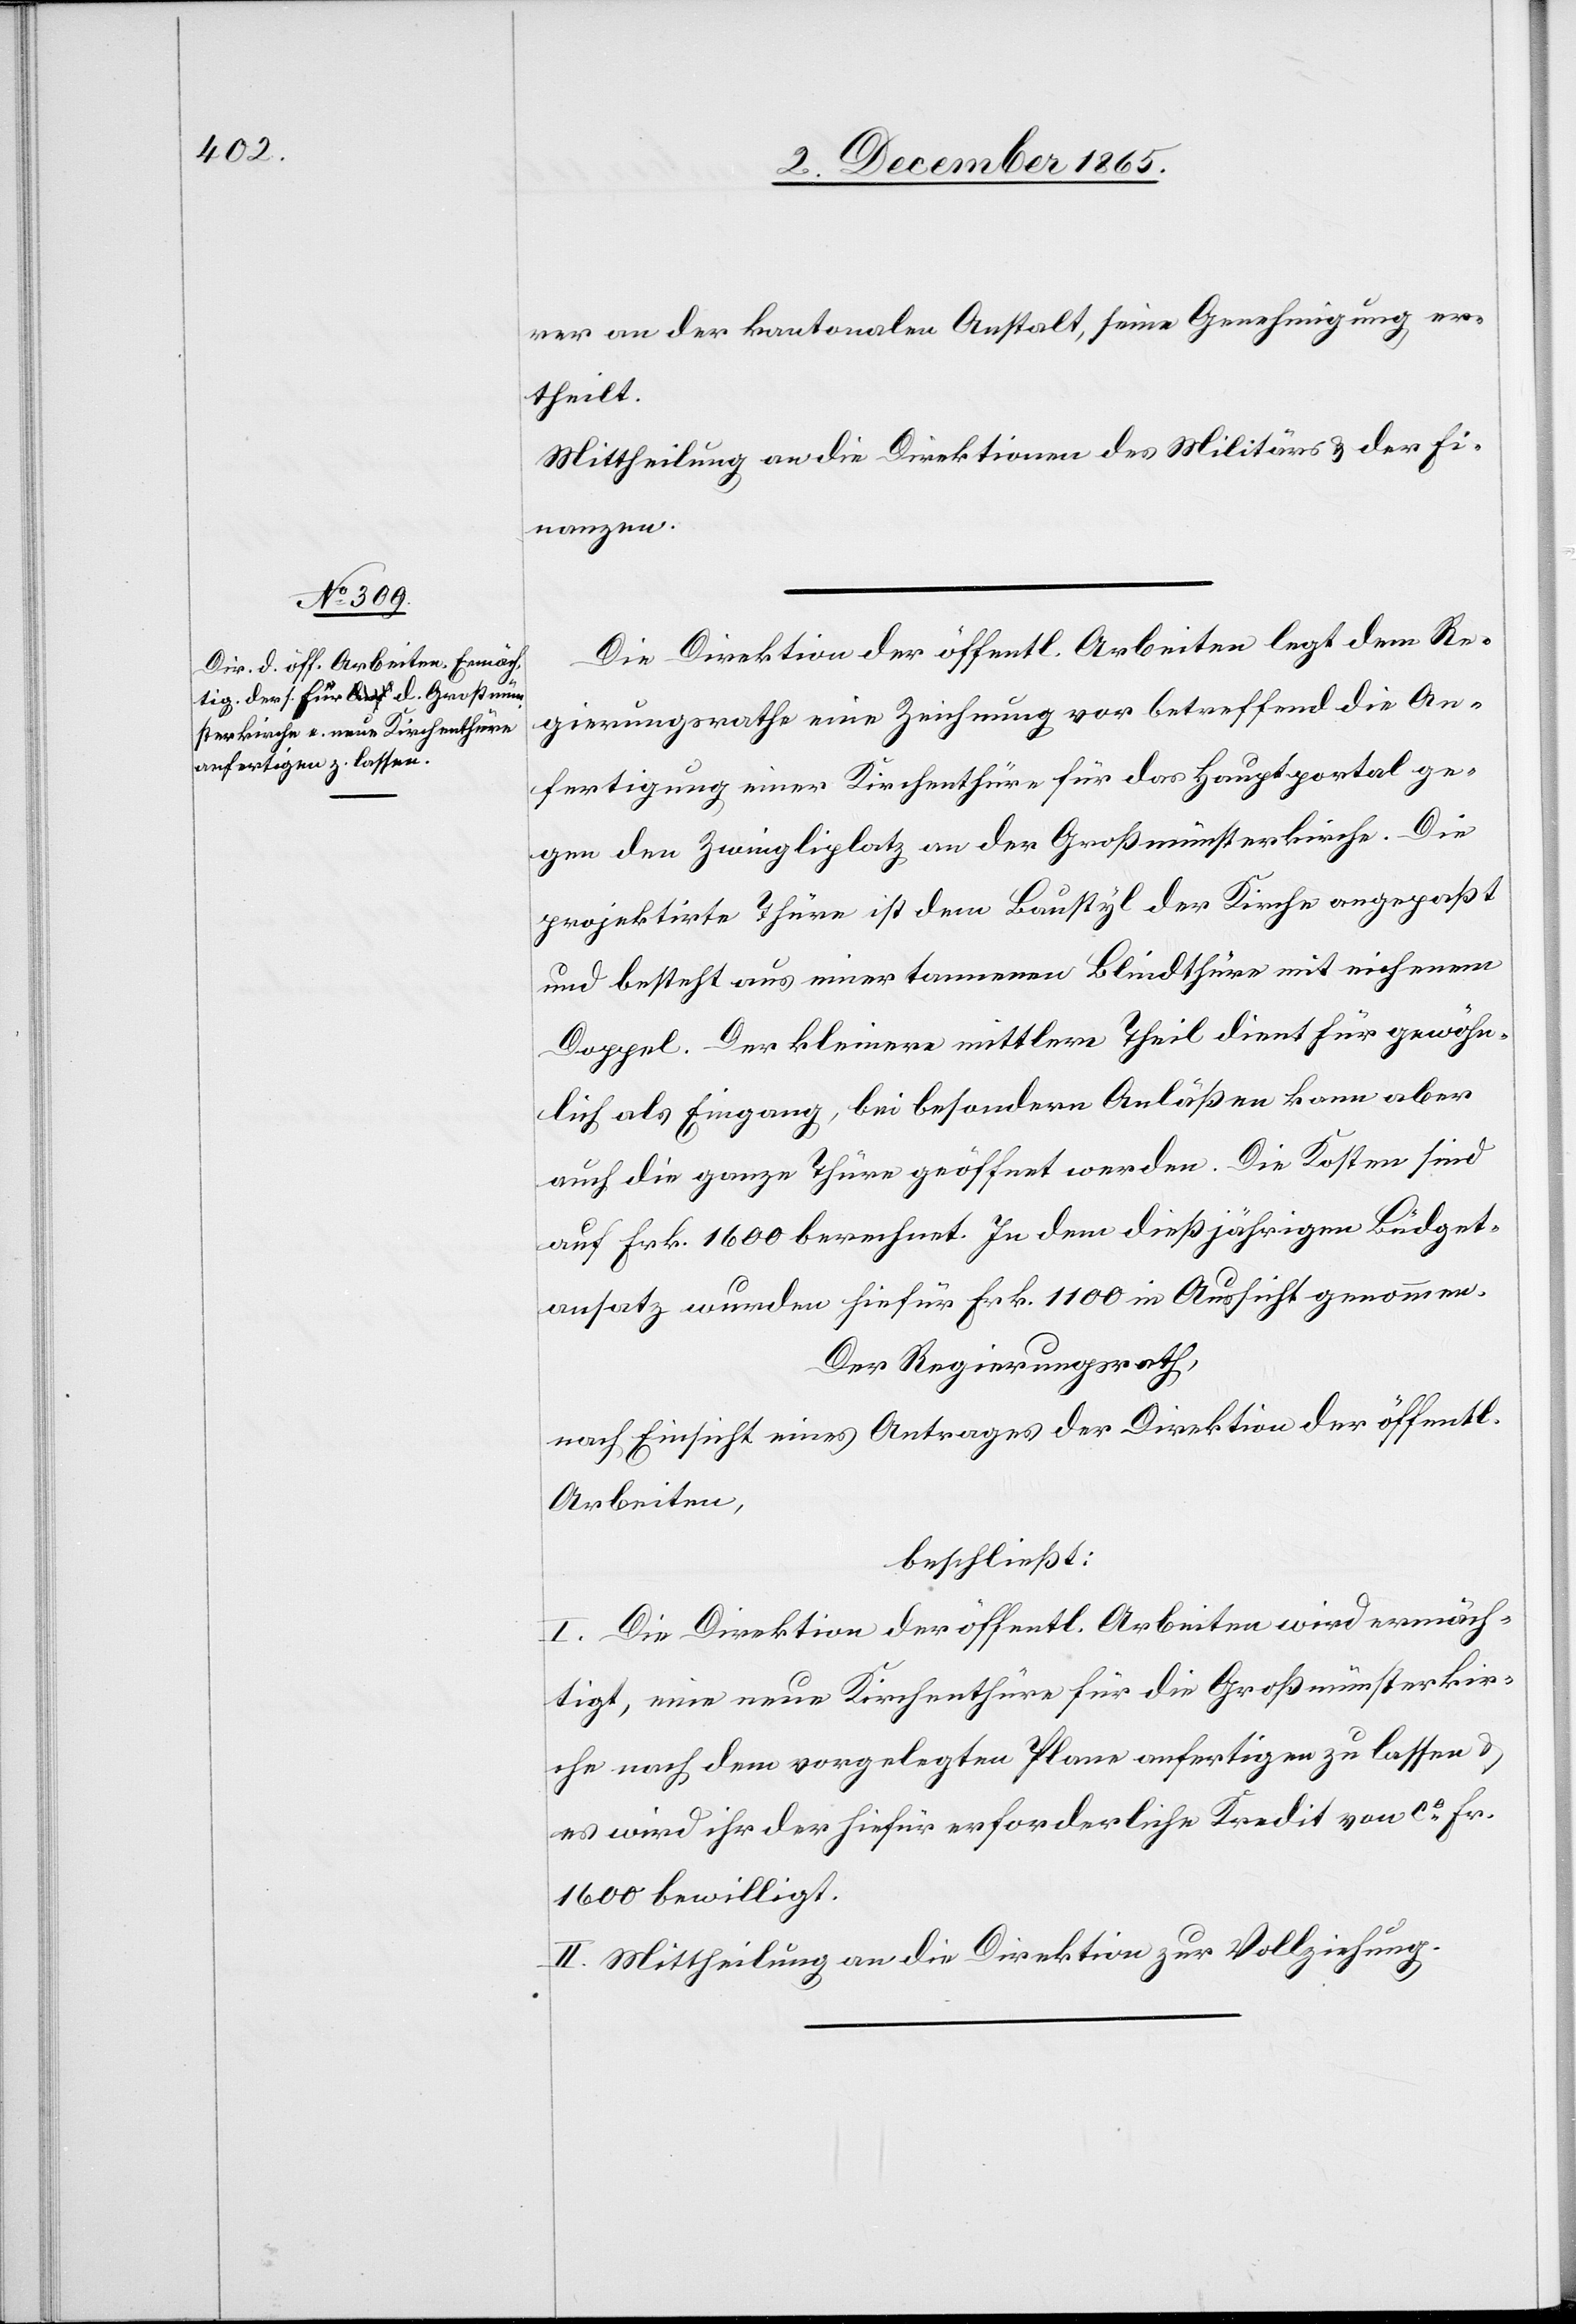
rer an der kantonalen Anstalt, seine Genehmigung er¬
theilt.
Mittheilung an die Direktionen des Militärs & der Fi¬
nanzen.
Die Direktion der öffentl. Arbeiten legt dem Re¬
gierungsrathe eine Zeichnung vor betreffend die An¬
fertigung einer Kirchenthüre für das Hauptportal ge¬
gen den Zwingliplatz an der Großmünsterkirche. Die
projektirte Thüre ist dem Baustyl der Kirche angepaßt
und besteht aus einer tannenen Blindthüre mit eichenem
Doppel. Der kleinere mittlere Theil dient für gewöhn¬
lich als Eingang, bei besondern Anläßen kann aber
auch die ganze Thüre geöffnet werden. Die Kosten sind
auf Frk. 1600 berechnet. In dem dießjährigen Büdget¬
ansatz wurden hiefür Frk. 1100 in Aussicht genommen.
Der Regierungsrath,
nach Einsicht eines Antrages der Direktion der öffentl.
Arbeiten,
beschließt:
I. Die Direktion der öffentl. Arbeiten wird ermäch¬
tigt, eine neue Kirchenthüre für die Großmünsterkir¬
che nach dem vorgelegten Plane anfertigen zu lassen &
es wird ihr der hiefür erforderliche Kredit von ca Fr.
1600 bewilligt.
II. Mittheilung an die Direktion zur Vollziehung.